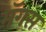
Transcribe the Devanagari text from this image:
मॅगस